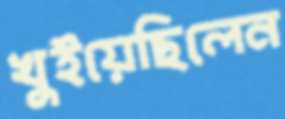
খুইয়েছিলেন